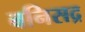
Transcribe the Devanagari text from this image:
बनिसद्र